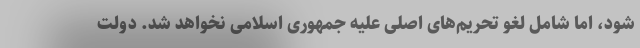
شود، اما شامل لغو تحریم‌های اصلی علیه جمهوری اسلامی نخواهد شد. دولت